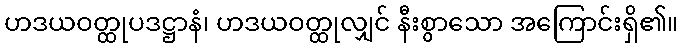
ဟဒယဝတ္ထုပဒဋ္ဌာနံ၊ ဟဒယဝတ္ထုလျှင် နီးစွာသော အကြောင်းရှိ၏။